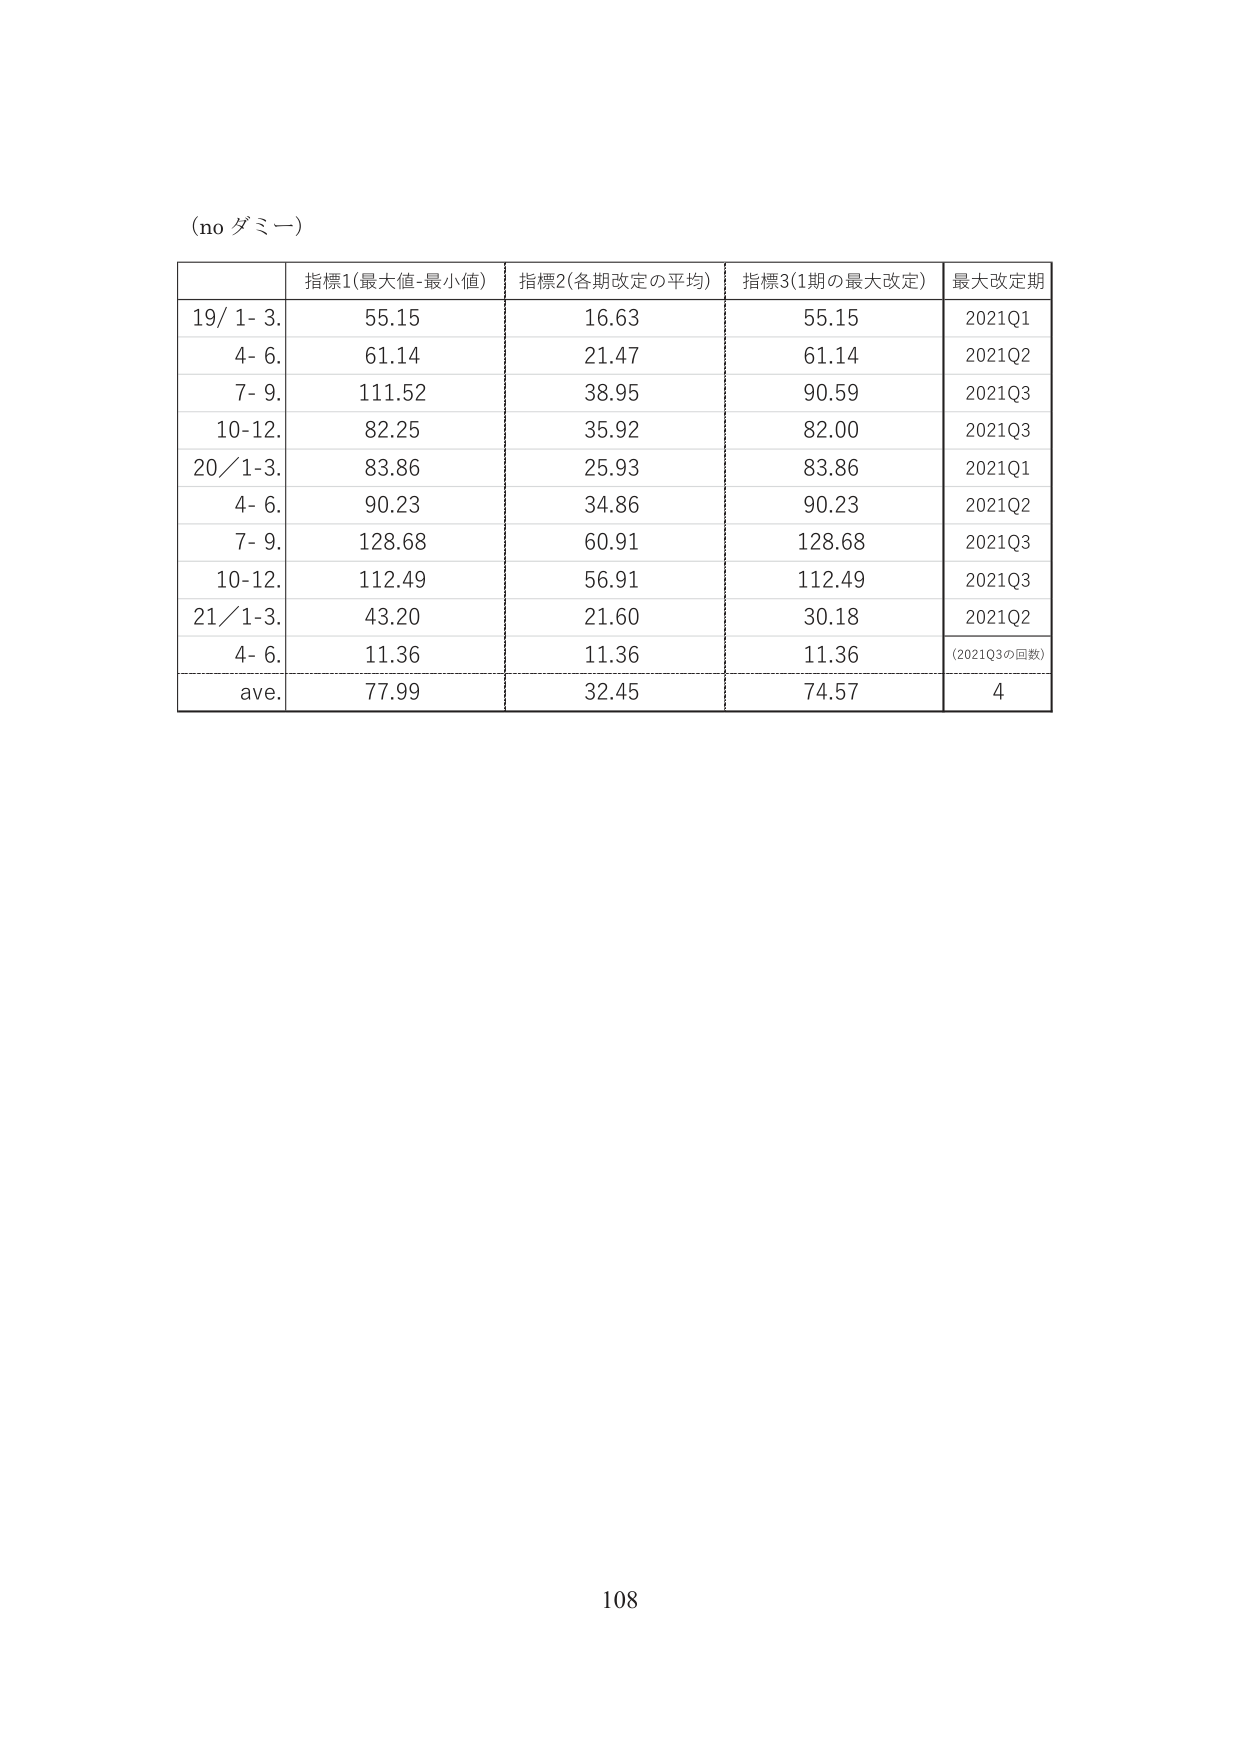
(no ダミー)

指標1(最大値-最小値) 指標2(各期改定の平均) 指標3(1期の最大改定) 最大改定期
19/ 1- 3. 55.15 16.63 55.15 2021Q1
4- 6. 61.14 21.47 61.14 2021Q2
7- 9. 111.52 38.95 90.59 2021Q3
10-12. 82.25 35.92 82.00 2021Q3
20/ 1-3. 83.86 25.93 83.86 2021Q1
4- 6. 90.23 34.86 90.23 2021Q2
7- 9. 128.68 60.91 128.68 2021Q3
10-12. 112.49 56.91 112.49 2021Q3
21/ 1-3. 43.20 21.60 30.18 2021Q2
4- 6. 11.36 11.36 11.36 (2021Q3の回数)
ave. 77.99 32.45 74.57 4

108